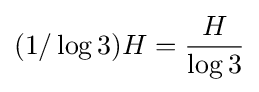
(1/\log 3)H={\frac {H}{\log 3}}